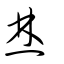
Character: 燌